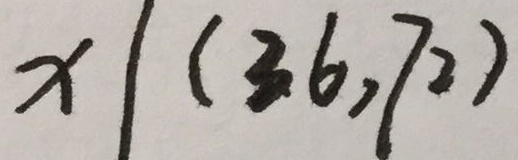
x \vert ( 3 6 , 7 2 )